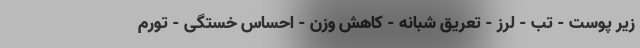
زیر پوست - تب - لرز - تعریق شبانه - کاهش وزن - احساس خستگی - تورم